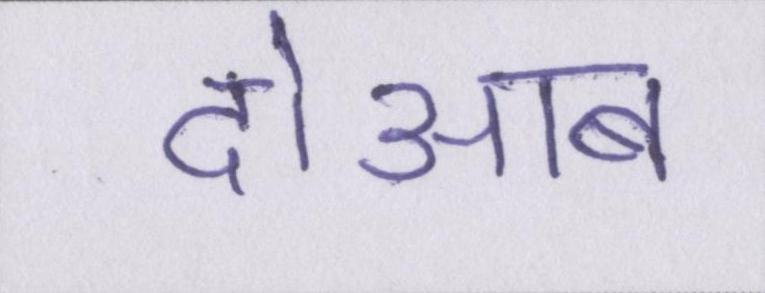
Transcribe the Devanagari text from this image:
दोआब